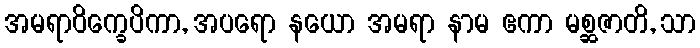
အမရာဝိက္ခေပိကာ, အပရော နယော အမရာ နာမ ဧကာ မစ္ဆဇာတိ, သာ